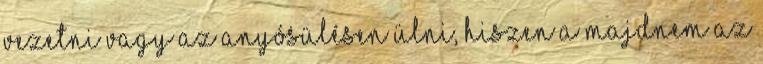
vezetni vagy az anyósülésen ülni, hiszen a majdnem az